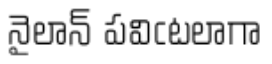
నైలాన్ పవిఁటలాగా